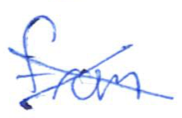
Text: from
Cross-out: cross
Writing tool: ballpoint